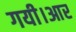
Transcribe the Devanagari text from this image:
गयी।आर